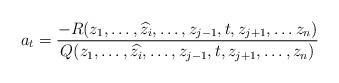
LaTeX: \begin{align*}a_t = \frac{-R(z_1, \dots, \widehat{z_i}, \dots, z_{j-1}, t, z_{j+1}, \dots z_n)}{Q(z_1, \dots, \widehat{z_i}, \dots, z_{j-1}, t, z_{j+1}, \dots, z_n)}\end{align*}